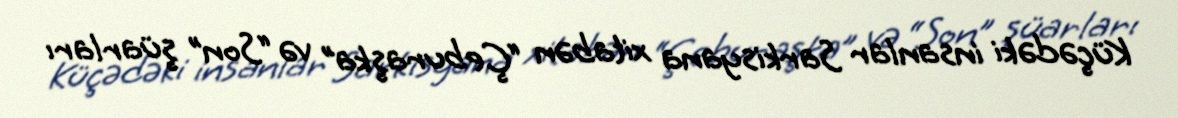
Küçədəki insanlar Sarkisyana xitabən “Çeburaşka” və “Son” şüarları